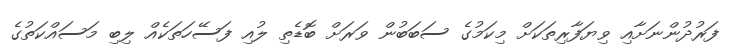
ފަރުދުންނަށާއި ވިޔަފާރިތަކަށް މިކަމުގެ ސަބަބުން ވަރަށް ބޮޑެތި ލުއި ފަސޭހަތަކެއް ލިބި މަސައްކަތުގެ